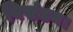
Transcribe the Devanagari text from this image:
विखंडन।